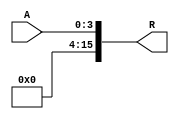
`timescale 1ns / 1ps
//////////////////////////////////////////////////////////////////////////////////
// Company: 
// Engineer: 
// 
// Design Name: 
// Module Name:    ZeroExtend_4bto16b 
// Project Name: 
// Target Devices: 
// Tool versions: 
// Description: 
//
// Dependencies: 
//
// Revision: 
// Revision 0.01 - File Created
// Additional Comments: 
//
//////////////////////////////////////////////////////////////////////////////////
module ZeroExtend_4bto16b(
    input [3:0] A,
    output reg[15:0] R
    );
always@(*) begin
	R <= {12'b000000000000, A}; 
	end 

endmodule